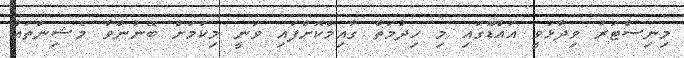
މިނިސްޓަރު ވިދާޅުވީ އައްޑޫގައި މި ހިދުމަތް ގާއިމްކޮށްފައި ވަނީ މިކަމަށް ބޭނުންވާ މެޝިންތައް